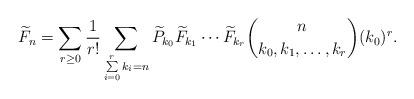
LaTeX: \begin{align*}\widetilde{F}_n = \sum\limits_{r\geq 0}\frac{1}{r!}\sum\limits_{\sum\limits_{i=0}^rk_i=n}\widetilde{P}_{k_{0}}\widetilde{F}_{k_{1}}\cdots \widetilde{F}_{k_{r}}{n \choose k_0,k_1,\hdots,k_r} (k_0)^r.\end{align*}